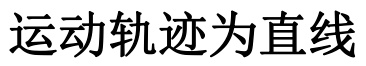
运动轨迹为直线